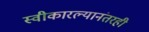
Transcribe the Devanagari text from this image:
स्वीकारल्यानंतरही